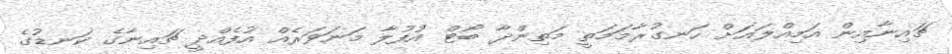
ޗައިނާއިން އަމިއްލައަށް ހަނގުރާމަމަތީ މަތިންދާ ބޯޓް އުފުލާ މަނަވަރެއް އުފެއްދީ ޗައިނާގެ ކަނޑުގެ